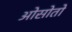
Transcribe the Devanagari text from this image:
ओसोतो